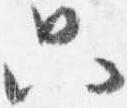
只